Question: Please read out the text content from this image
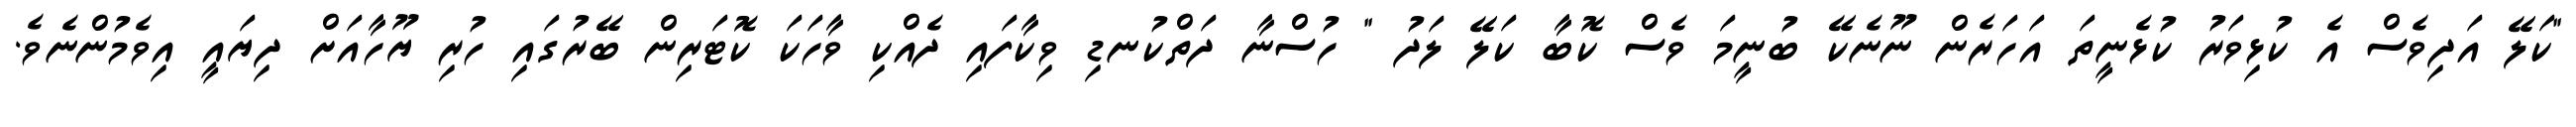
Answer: "ކަލޭ އަދިވެސް އެ ކުޅިވަރު ކުޅެނީތަ އަހަރެން ނޫނެކޭ ބުނީމަ ވެސް ކޮބާ ކަލޭ ލަދު " ހުސްނާ ދަތްކުނޑި ވިކާފައި ދެއްކި ވާހަކަ ކޮޓަރިން ބޭރުގައި ހުރި ޔޫހާއަށް ދިޔައީ އިވެމުންނެވެ.